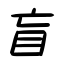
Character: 盲